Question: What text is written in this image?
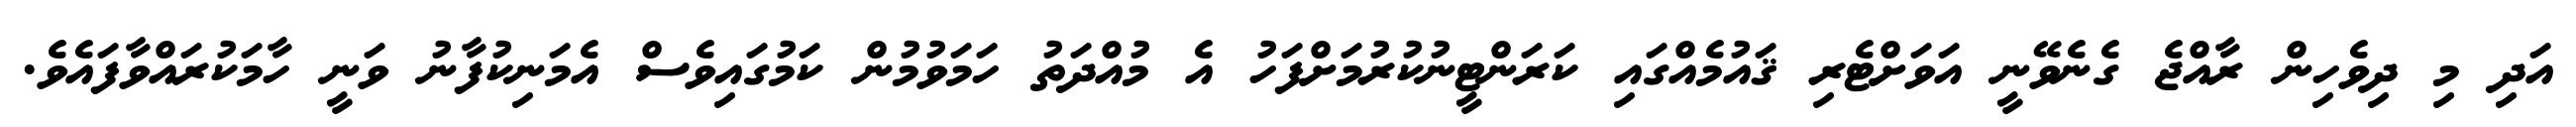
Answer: އަދި މި ދިވެހިން ރާއްޖެ ގެނެވޭނީ އަވަށްޓެރި ޤައުމެއްގައި ކަރަންޓީނުކުރުމަށްފަހު އެ މުއްދަތު ހަމަވުމުން ކަމުގައިވެސް އެމަނިކުފާނު ވަނީ ހާމަކުރައްވާފައެވެ.